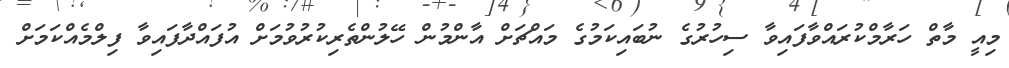
މިއީ މާތް ހަރާމްކުރައްވާފައިވާ ސިހުރުގެ ނުބައިކަމުގެ މައްޗަށް އާންމުން ހޭލުންތެރިކުރުވުމަށް އުފައްދާފައިވާ ފިލްމެއްކަމަށް